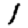
Digit: 1